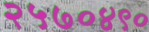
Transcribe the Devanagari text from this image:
२५७०४९०